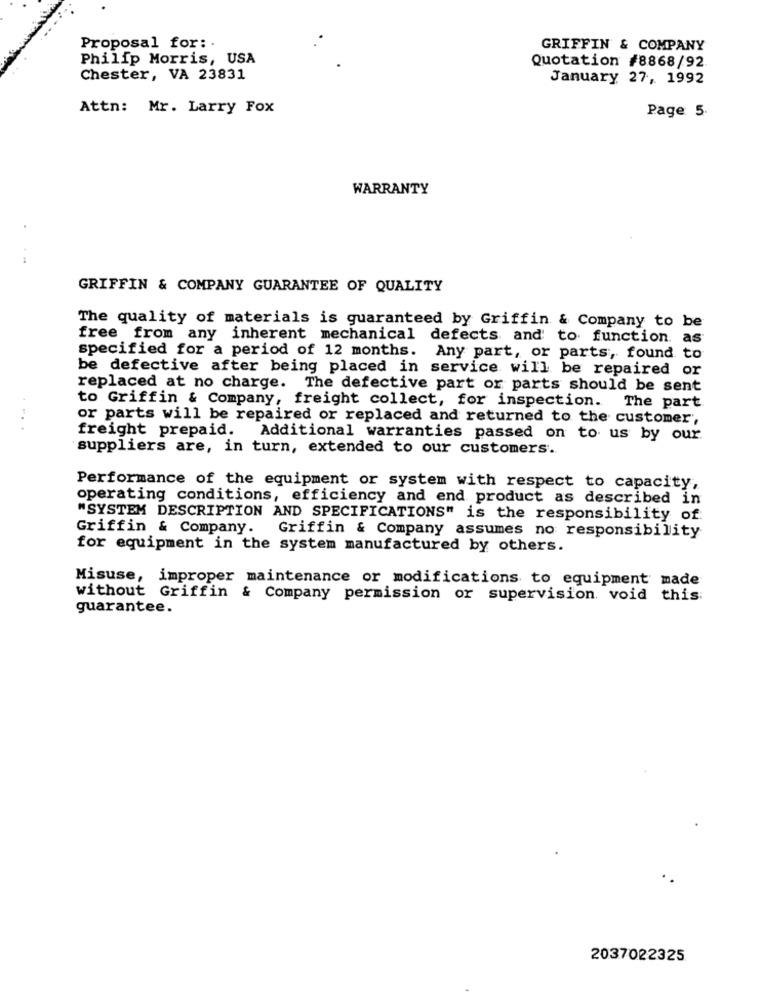
Proposal for: .
GRIFFIN & COMPANY
Philip Morris, USA
Quotation #8868/92
Chester, VA 23831
January 27, 1992
Attn: Mr. Larry Fox
Page 5.
WARRANTY
GRIFFIN & COMPANY GUARANTEE OF QUALITY
The quality of materials is guaranteed by Griffin & Company to be
free from any inherent mechanical defects and to function.
as
specified for a period of 12 months. Any part, or parts, found to
be defective after being placed in service will be repaired or
replaced at no charge. The defective part or parts should be sent
to Griffin & Company, freight collect, for inspection. The part
or parts will be repaired or replaced and returned to the customer,
..
freight prepaid.
Additional warranties passed on to us by our
suppliers are, in turn, extended to our customers.
Performance of the equipment or system with respect to capacity,
operating conditions, efficiency and end product as described in
"SYSTEM DESCRIPTION AND SPECIFICATIONS" is the responsibility of
Griffin & Company. Griffin & Company assumes no responsibility
for equipment in the system manufactured by others.
Misuse, improper maintenance or modifications to equipment made
without Griffin & Company permission or supervision. void this
guarantee.
2037022325